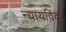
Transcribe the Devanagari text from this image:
न्यायविंदु